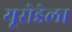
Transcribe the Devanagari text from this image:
यूरोडेला